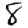
Digit: 8